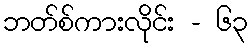
ဘတ်စ်ကားလိုင်း - ၆၃